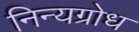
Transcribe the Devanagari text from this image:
निन्यग्रोध